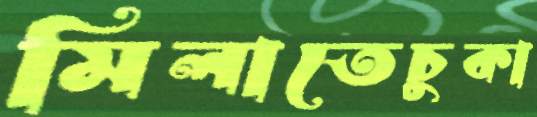
মিলাতেচুকা